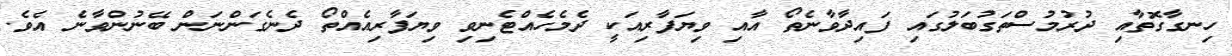
ހިނގާގޮތާއި ދުރުމުސްތަގުބަލުގައި ފައިދާވާނެތޯ އާއި ވިޔަފާރިއަކީ ދެމެހެއްޓެނިވި ވިޔަފާރިއެއްތޯ ދެނެގަންނަން ބޭނުންވާނެ އެވެ.